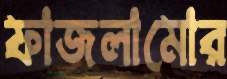
ফাজলামোর